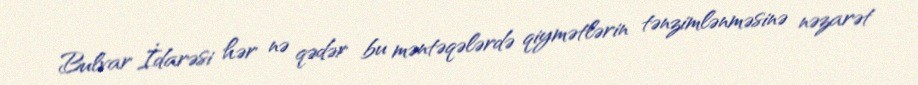
Bulvar İdarəsi hər nə qədər bu məntəqələrdə qiymətlərin tənzimlənməsinə nəzarət